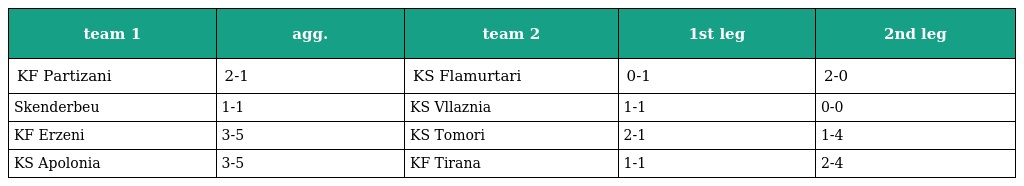
| team 1 | agg. | team 2 | 1st leg | 2nd leg |
 | --- | --- | --- | --- | --- |
 | KF Partizani | 2-1 | KS Flamurtari | 0-1 | 2-0 |
 | Skenderbeu | 1-1 | KS Vllaznia | 1-1 | 0-0 |
 | KF Erzeni | 3-5 | KS Tomori | 2-1 | 1-4 |
 | KS Apolonia | 3-5 | KF Tirana | 1-1 | 2-4 |